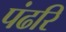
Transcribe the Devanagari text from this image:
पंढरि